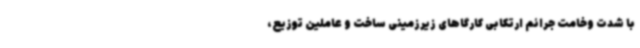
با شدت وخامت جرائم ارتکابی کارگاهای زیرزمینی ساخت و عاملین توزیع،